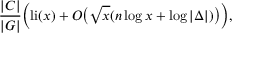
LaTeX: { \frac { | C | } { | G | } } { \Bigl ( } \mathrm { l i } ( x ) + O { \bigl ( } { \sqrt { x } } ( n \log x + \log | \Delta | ) { \bigr ) } { \Bigr ) } ,